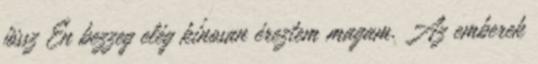
jössz Én bezzeg elég kínosan éreztem magam. Az emberek